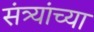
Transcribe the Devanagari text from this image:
संत्र्यांच्या